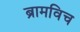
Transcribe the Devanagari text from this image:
ब्रामविच